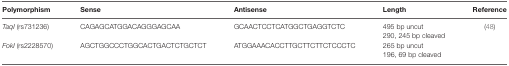
| Polymorphism | Sense | Antisense | Length | Reference |
 | --- | --- | --- | --- | --- |
 | <ROWSPAN=2> TaqI (rs731236) | <ROWSPAN=2> CAGAGCATGGACAGGGAGCAA | <ROWSPAN=2> GCAACTCCTCATGGCTGAGGTCTC | 495 bp uncut | <ROWSPAN=4> (48) |
 | 290, 245 bp cleaved |
 | <ROWSPAN=2> FokI (rs2228570) | <ROWSPAN=2> AGCTGGCCCTGGCACTGACTCTGCTCT | <ROWSPAN=2> ATGGAAACACCTTGCTTCTTCTCCCTC | 265 bp uncut |
 | 196, 69 bp cleaved |